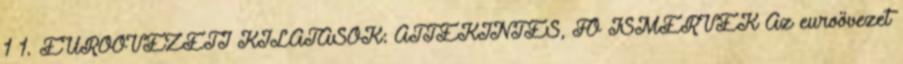
1 1. EUROÖVEZETI KILÁTÁSOK: ÁTTEKINTÉS, FŐ ISMÉRVEK Az euroövezet